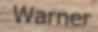
Warner